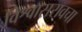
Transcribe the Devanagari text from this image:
विश्वासरावचा